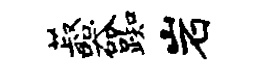
菽器踟岩